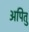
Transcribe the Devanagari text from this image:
अपितु